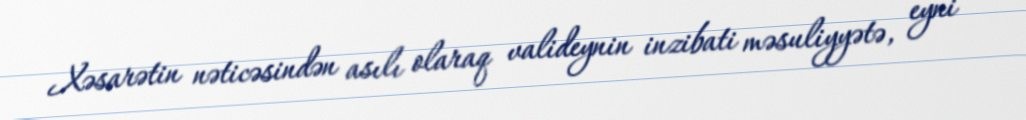
Xəsarətin nəticəsindən asılı olaraq valideynin inzibati məsuliyyətə, eyni